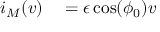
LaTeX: \begin{array} { r l } { i _ { M } ( v ) } & { { } = \epsilon \cos ( \phi _ { 0 } ) v } \end{array}